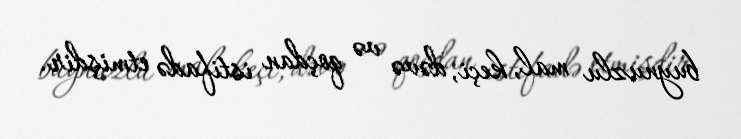
buynuzlu mal, keçi, dəvə və qoçdan istifadə etmişdir.